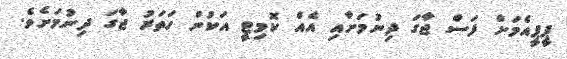
ޕީޕީއެމަށް ފަސް ޖާގަ ދިނުމަށާއި އެއް ކޮމިޓީ އަކުން ހަތަރު ޖާގަ ދިނުމަށެވެ.